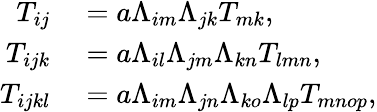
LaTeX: \begin{array}{rl}{T_{ij}}&{{}=a\Lambda_{im}\Lambda_{jk}T_{mk},}\\ {T_{ijk}}&{{}=a\Lambda_{il}\Lambda_{jm}\Lambda_{kn}T_{lmn},}\\ {T_{ijkl}}&{{}=a\Lambda_{im}\Lambda_{jn}\Lambda_{ko}\Lambda_{lp}T_{mnop},}\end{array}